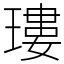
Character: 㻲